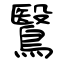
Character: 鷖